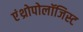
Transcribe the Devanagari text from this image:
एंथ्रोपोलॉजिस्ट